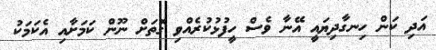
އަދި ކަން ހިނގާދިޔައީ އޭނާ ވެސް ހީފުޅުކުރެއްވި ގޮތަށް ނޫން ކަމަށާއި އެކަމަކު